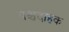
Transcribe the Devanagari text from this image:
पश्चदाहक